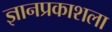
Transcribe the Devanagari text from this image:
ज्ञानप्रकाशला